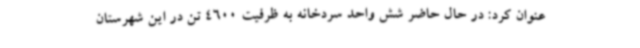
عنوان کرد: در حال حاضر شش واحد سردخانه به ظرفیت 4600 تن در این شهرستان